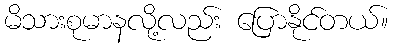
မိသားစုမာနလို့လည်း ပြောနိုင်တယ်။